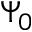
\Psi _ { 0 }